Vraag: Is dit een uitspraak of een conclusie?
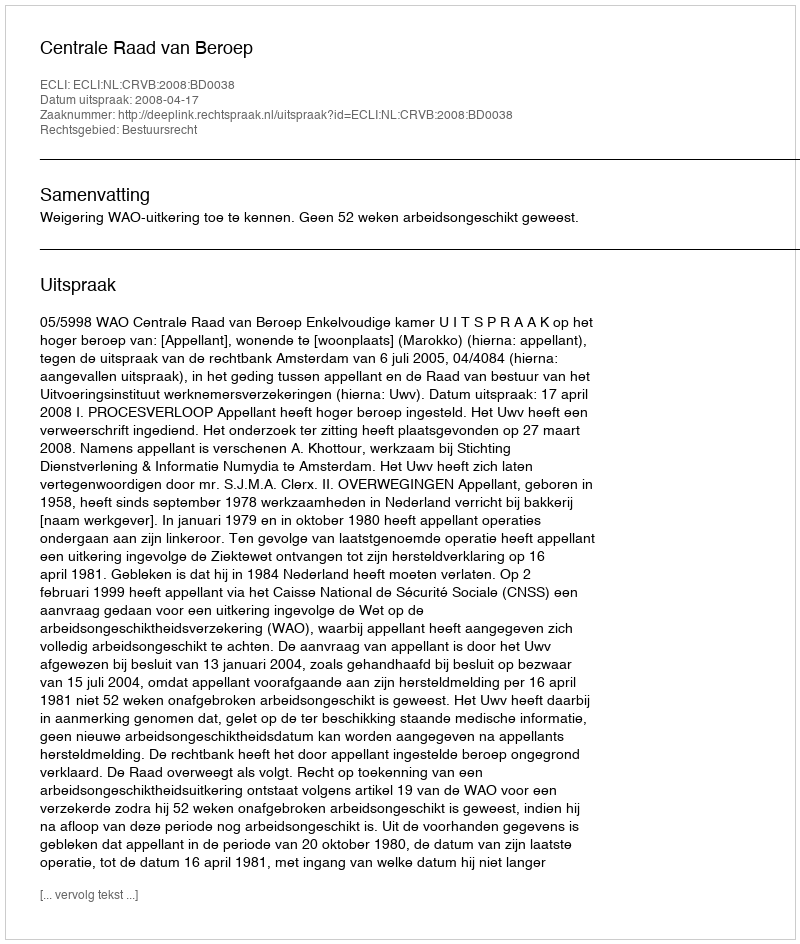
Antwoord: Uitspraak